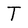
Character: T